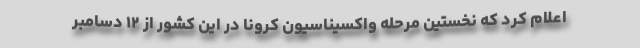
اعلام کرد که نخستین مرحله واکسیناسیون کرونا در این کشور از ۱۲ دسامبر